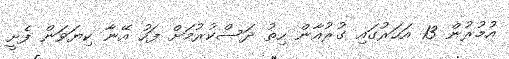
އުމުރުން 13 އަހަރުގައި ގުރުއާން ހިތު ދަސްކުރުމަށް ފަހު އޭނާ ކިޔަވަން ފެށީ